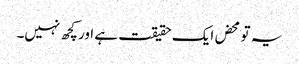
یہ تو محض ایک حقیقت ہے اور کچھ نہیں۔